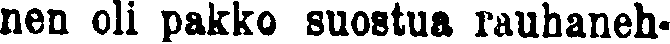
nen oli pakko suostua rauhaneh-